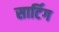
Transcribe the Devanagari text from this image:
सार्टिग